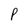
Character: p